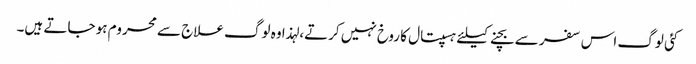
کئی لوگ اس سفر سے بچنے کیلئے ہسپتال کا روخ نہیں کرتے، لہذا وہ لوگ علاج سے محروم ہو جاتے ہیں۔